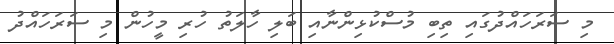
މި ސަރަހައްދުގައި ތިބި މުސްކުޅިންނާއި ބަލި ހާލަތު ހުރި މީހުން މި ސަރަހައްދު